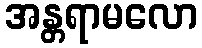
အန္တရာမလော